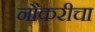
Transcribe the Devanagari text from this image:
नौकरीचा